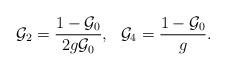
LaTeX: \begin{align*}{\cal G}_2=\frac{1-{\cal G}_0}{2g{\cal G}_0},~~{\cal G}_4=\frac{1-{\cal G}_0}{g}.\end{align*}